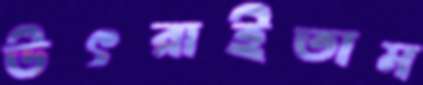
উৎরাইতাম